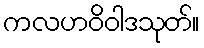
ကလဟဝိဝါဒသုတ်။